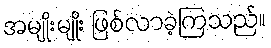
အမျိုးမျိုး ဖြစ်လာခဲ့ကြသည်။